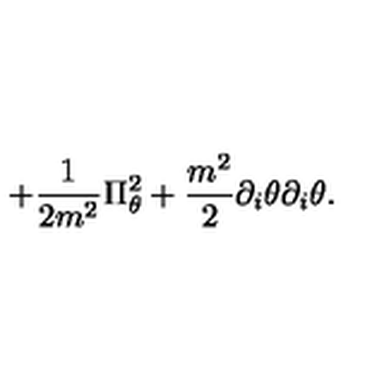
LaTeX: + { \frac { 1 } { 2 m ^ { 2 } } } \Pi _ { \theta } ^ { 2 } + { \frac { m ^ { 2 } } { 2 } } \partial _ { i } \theta \partial _ { i } \theta .